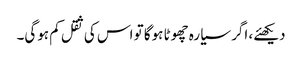
دیکھئے، اگر سیارہ چھوٹا ہوگا تو اس کی ثقل کم ہوگی۔